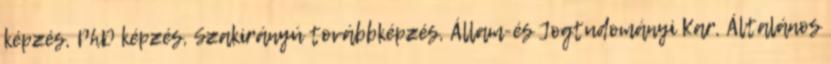
képzés, PhD képzés, Szakirányú továbbképzés, Állam-és Jogtudományi Kar, Általános